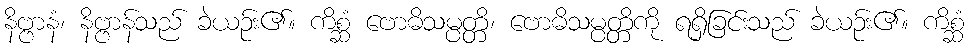
နိဗ္ဗာနံ၊ နိဗ္ဗာန်သည် ခဲယဉ်း၏။ ကိစ္ဆံ ဗောဓိသမ္ပတ္တိ၊ ဗောဓိသမ္ပတ္တိကို ရရှိခြင်းသည် ခဲယဉ်း၏။ ကိစ္ဆံ